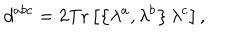
LaTeX: d ^ { a b c } = 2 \mathrm { T r } \left[ \left\{ \lambda ^ { a } , \lambda ^ { b } \right\} \lambda ^ { c } \right] ,